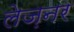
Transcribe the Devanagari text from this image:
लेज़नर